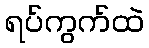
ရပ်ကွက်ထဲ